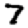
Digit: 7